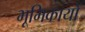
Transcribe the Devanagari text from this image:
भूमिकायों